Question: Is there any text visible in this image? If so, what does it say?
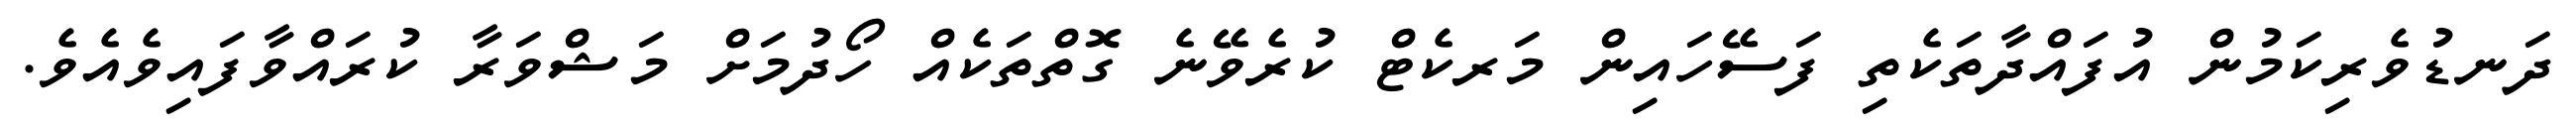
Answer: ދަނޑުވެރިކަމުން އުފައްދާތަކެތި ފަސޭހައިން މަރކެޓް ކުރެވޭނެ ގޮތްތަކެއް ހޯދުމަށް މަޝްވަރާ ކުރައްވާފައިވެއެވެ.